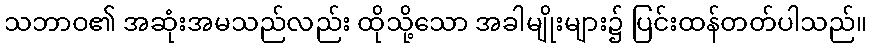
သဘာဝ၏ အဆုံးအမသည်လည်း ထိုသို့သော အခါမျိုးများ၌ ပြင်းထန်တတ်ပါသည်။